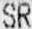
SR